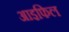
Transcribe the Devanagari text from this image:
आइफिल